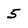
Character: 5